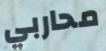
محاربي